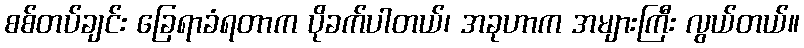
စစ်တပ်ချင်း ခြေရာခံရတာက ပိုခက်ပါတယ်၊ အခုဟာက အများကြီး လွယ်တယ်။